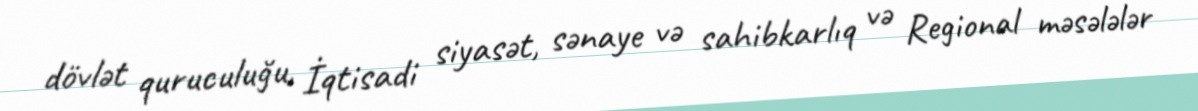
dövlət quruculuğu, İqtisadi siyasət, sənaye və sahibkarlıq və Regional məsələlər